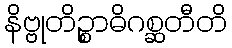
နိဗ္ဗုတိဉ္စာဓိဂစ္ဆတီတိ